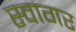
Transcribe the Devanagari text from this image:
स्वागर